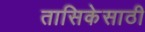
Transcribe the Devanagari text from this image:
तासिकेसाठी